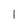
Character: I